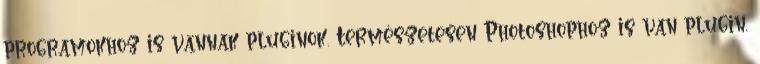
programokhoz is vannak pluginok. Természetesen Photoshophoz is van plugin,